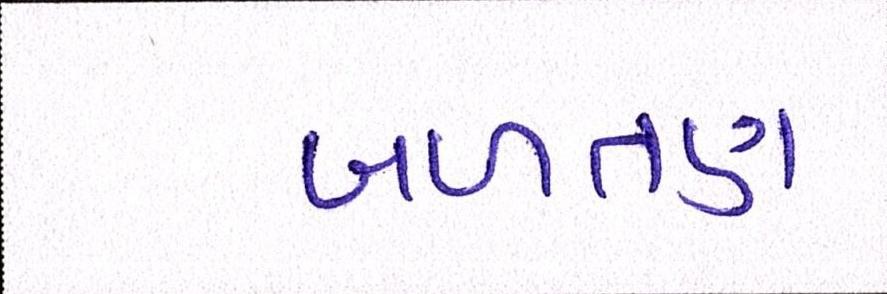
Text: બળતણ